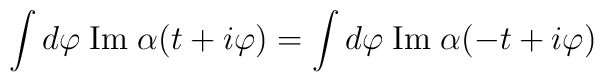
\int d\varphi\; \mbox{Im}\;\alpha(t+i\varphi)=\int d\varphi\; \mbox{Im}\;\alpha(-t+i\varphi)